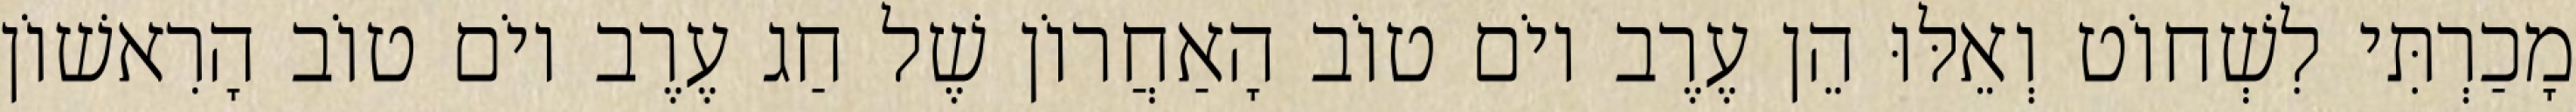
מָכַרְתִּי לִשְׁחוֹט וְאֵלּוּ הֵן עֶרֶב יוֹם טוֹב הָאַחֲרוֹן שֶׁל חַג עֶרֶב יוֹם טוֹב הָרִאשׁוֹן